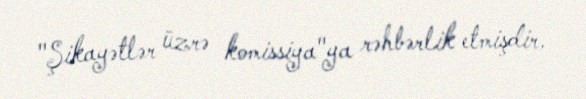
"Şikayətlər üzrə komissiya"ya rəhbərlik etmişdir.